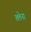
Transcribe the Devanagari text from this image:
ख्लेना